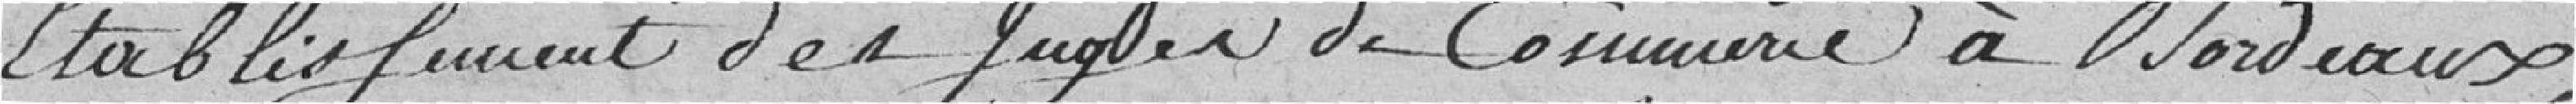
établissement des juges de Commerce à Bordeaux,